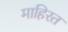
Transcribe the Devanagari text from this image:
माहिरत